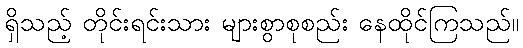
ရှိသည့် တိုင်းရင်းသား များစွာစုစည်း နေထိုင်ကြသည်။